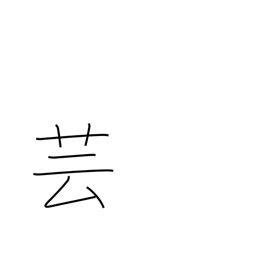
Meaning: acting